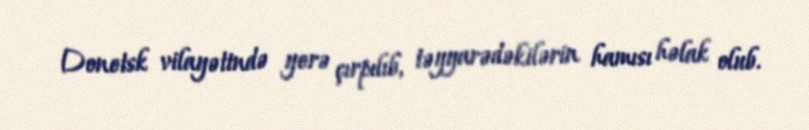
Donetsk vilayətində yerə çırpılıb, təyyarədəkilərin hamısı həlak olub.